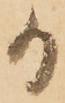
日